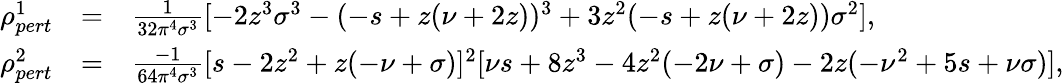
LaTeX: \begin{array}{lll}{{\rho_{pert}^{1}}}&{{=}}&{{{\frac{1}{32\pi^{4}\sigma^{3}}}[-2z^{3}\sigma^{3}-(-s+z(\nu+2z))^{3}+3z^{2}(-s+z(\nu+2z))\sigma^{2}],}}\\ {{\rho_{pert}^{2}}}&{{=}}&{{{\frac{-1}{64\pi^{4}\sigma^{3}}}[s-2z^{2}+z(-\nu+\sigma)]^{2}[\nu s+8z^{3}-4z^{2}(-2\nu+\sigma)-2z(-\nu^{2}+5s+\nu\sigma)],}}\end{array}